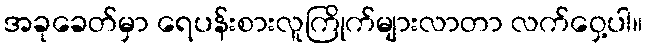
အခုခေတ်မှာ ရေပန်းစားလူကြိုက်များလာတာ လက်ဝှေ့ပါ။